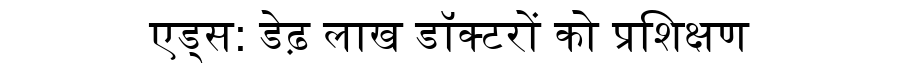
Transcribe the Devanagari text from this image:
एड्स: डेढ़ लाख डॉक्टरों को प्रशिक्षण